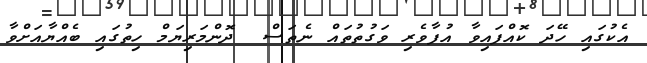
އެކުގައި ހޭދަ ކޮއްފައިވާ އުފާވެރި ވަގުތުތައް ނެތަސް  ދޮންމަރިޔަމް ހިތުގައި ބެއްޔާއަށްވާ